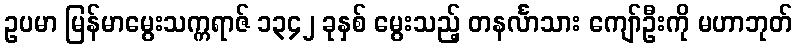
ဥပမာ မြန်မာမွေးသက္ကရာဇ် ၁၃၄၂ ခုနှစ် မွေးသည့် တနင်္လာသား ကျော်ဦးကို မဟာဘုတ်